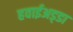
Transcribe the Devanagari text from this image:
हवाईअड्‍डा